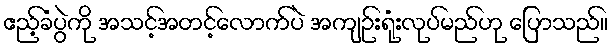
ဧည့်ခံပွဲကို အသင့်အတင့်လောက်ပဲ အကျဉ်းရုံးလုပ်မည်ဟု ပြောသည်။